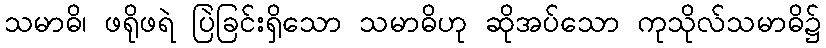
သမာဓိ၊ ဖရိုဖရဲ ပြဲခြင်းရှိသော သမာဓိဟု ဆိုအပ်သော ကုသိုလ်သမာဓိ၌